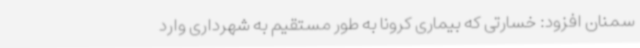
سمنان افزود: خسارتی که بیماری کرونا به طور مستقیم به شهرداری وارد